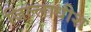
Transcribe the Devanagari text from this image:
जिल्लाधीश